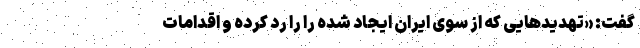
گفت: «تهدیدهایی که از سوی ایران ایجاد شده را را رد کرده و اقدامات